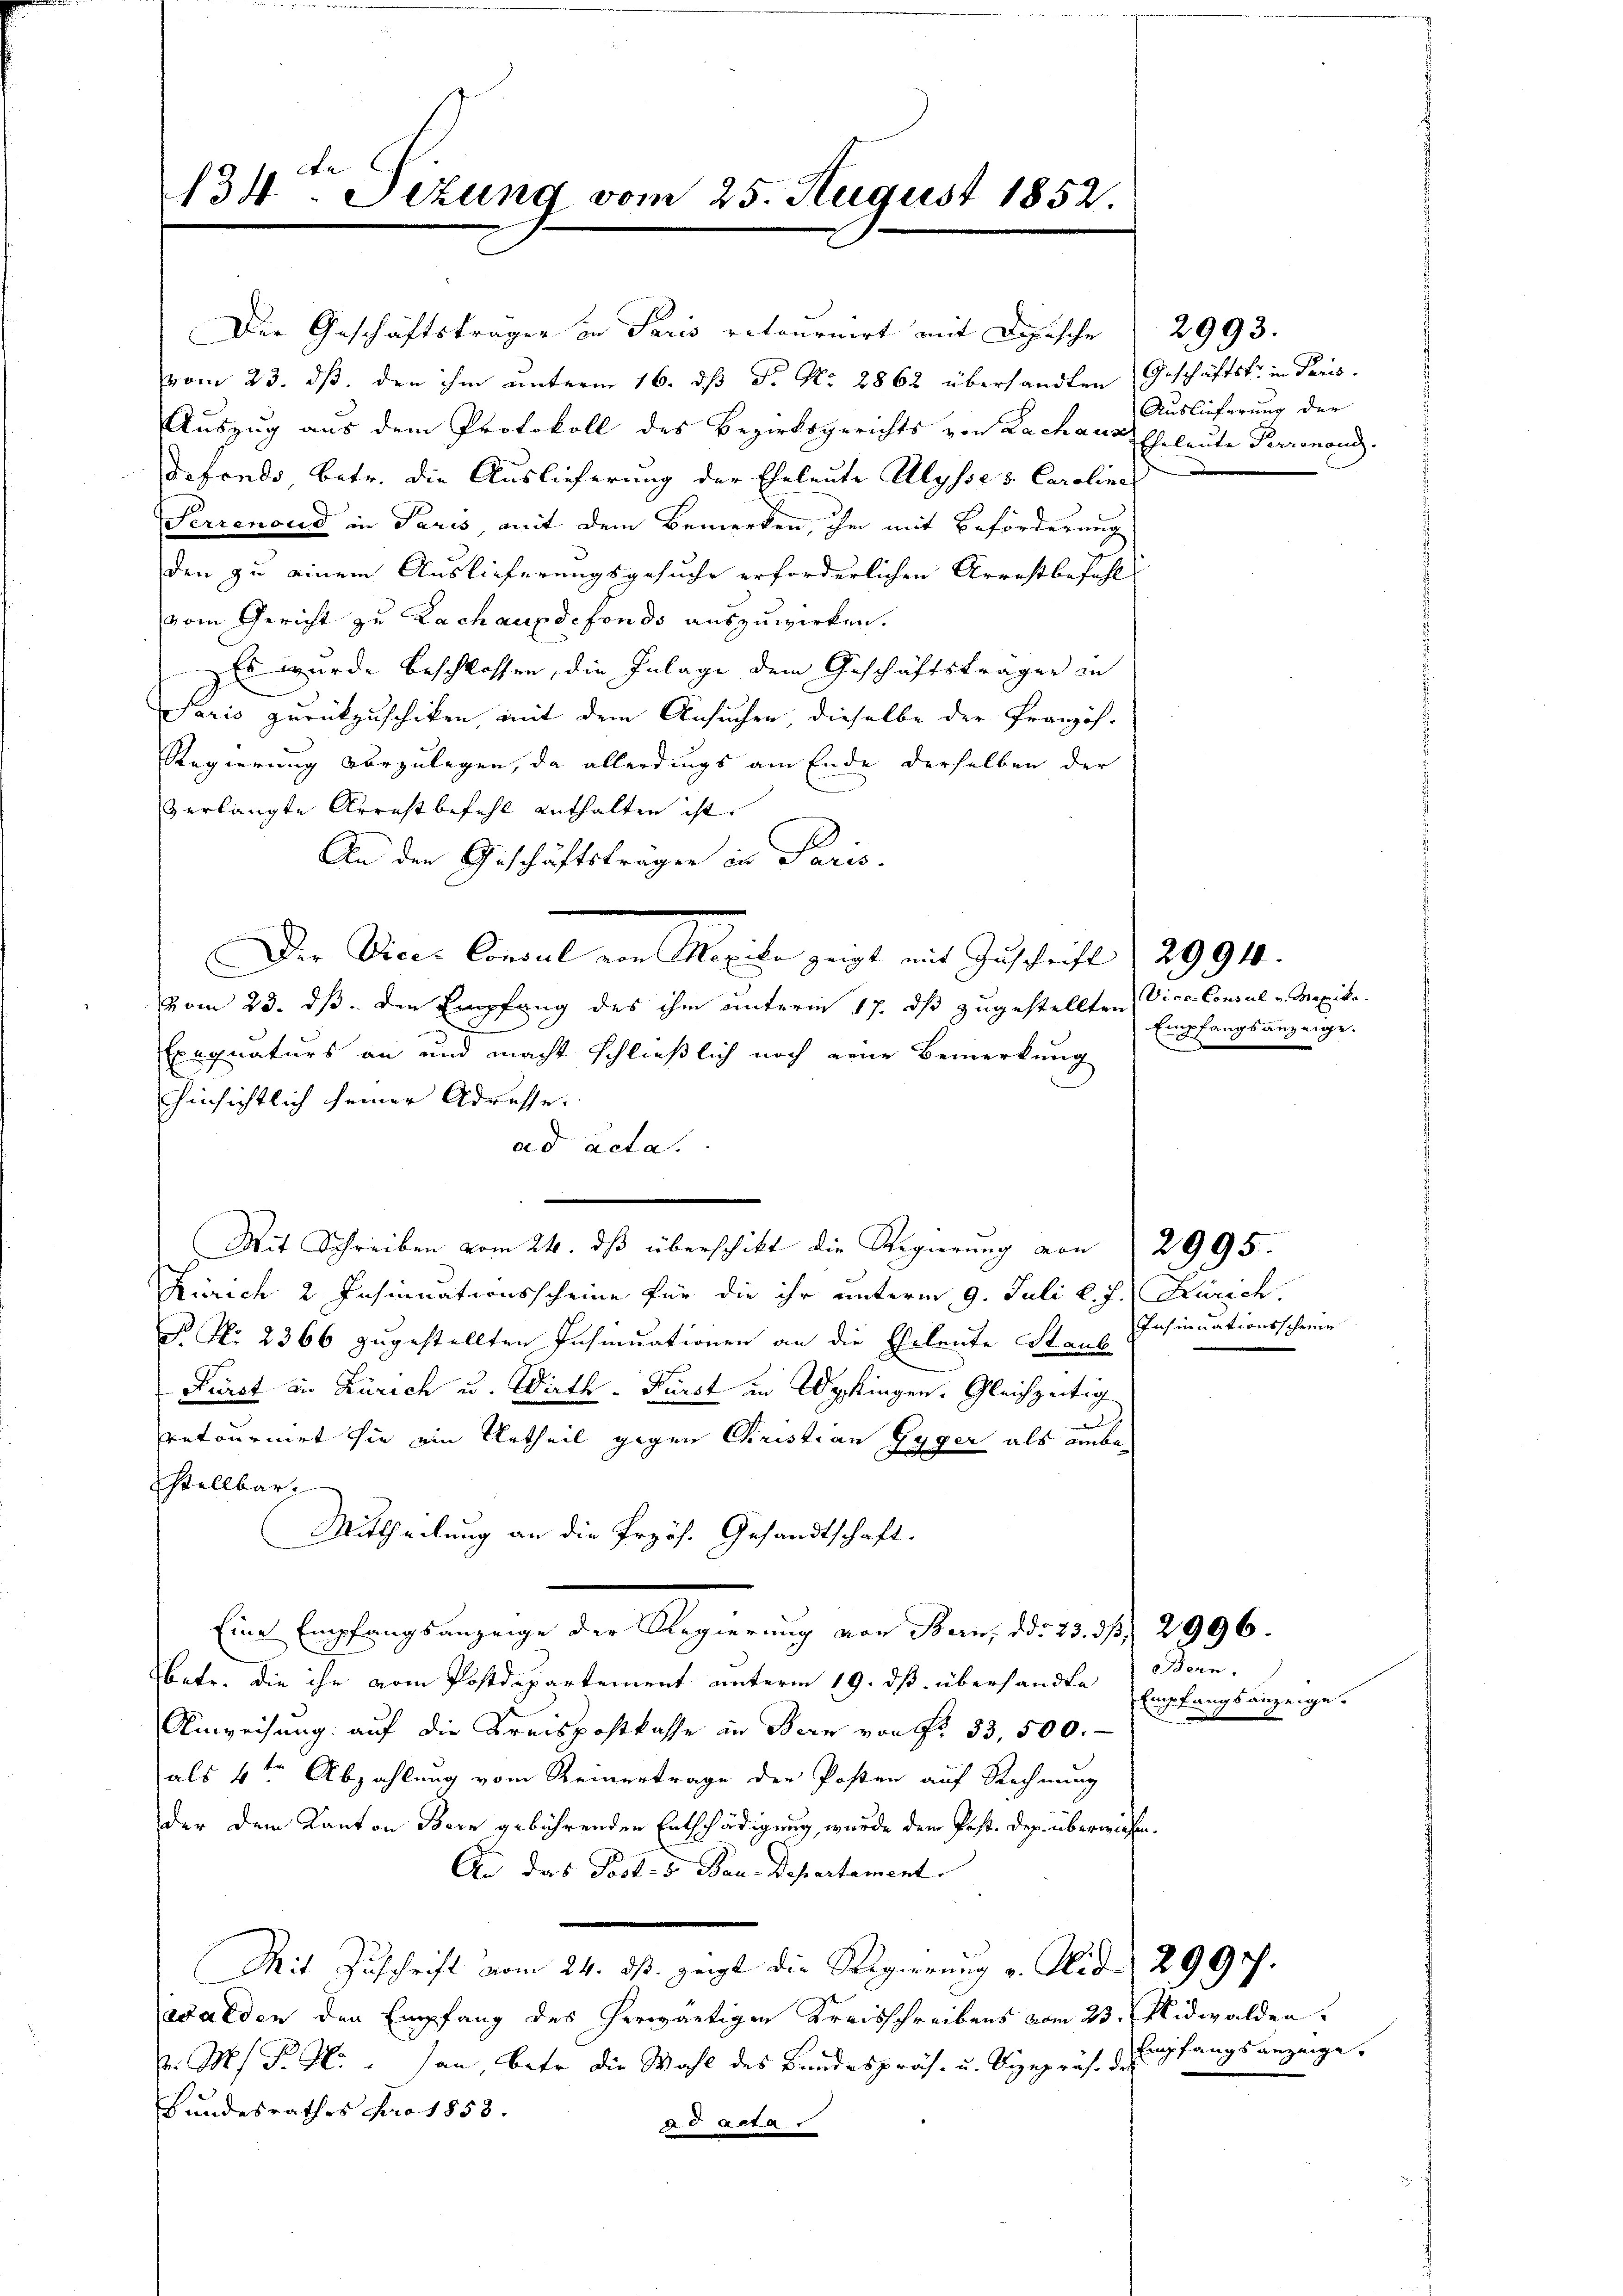
134. Sizung vom 25. August 1852.

vom 23. ds. den ihm unterm 16. ds P. Nr. 2862 übersandten Geschäftst in Paris
Auszug aus dem Protokoll des Bezirksgerichts von Lachaus
Defonds betr. die Auslieferung der Eheleute Alysses Caroline
Perrenoud in Paris, mit dem Bemerken, ihm mit Beförderung
den zu einem Auslieferungsgesuche erforderlichen Arrestbefohl
vom Gericht zu Lachaupdefonds auszuwirken.
Es wurde beschlossen, die Inlage dem Geschäftsträger zu
Paris zurückzuschiken, mit dem Ansuchen dieselbe der Französ-
Regierung vorzulegen, da allerdings am Ende derselben der
verlangte Arrestbefehl enthalten ist.
An der Geschäftsträger in Paris.
Der Vice- Consul von Mexico zeigt mit Zuschrift (2994
vom 23. ds. den Empfang des ihm unterm 17. dß zugestellten
Exequaturs an und macht schließlich noch eine Bemerkung
hinsichtlich seiner Adresse.
ad acta.
Mit Schreiben vom 24. dβ überschikt die Regierung von 2995.
Zürich 2 Insinuationsscheine für die ihr unterm 9. Juli l. J. Zürich.
P. Nr. 2366 zugestellten Insinuationen an die Eheleute Staub
Fürst in Zürich u. Wirth- Fürst in Wipkingen. Gleichzeitig
de
retournirt sie ein Urtheil gegen Christian Gyger als unbestellbar.
Mittheilung an die Przös. Gesandtschaft.
Eine Empfangsanzeige der Regierung von Bern, ddo 23. d. 2996.
Obetr. die ihr vom Postdepartement unterm 19. ds. übersandte Bern,
Ein
Anweisung auf die Kreispostkasse in Bern von Fr. 33,500.
als 4ten Abzahlung vom Reinertrage der Posten auf Rechnung
der dem Kanton Bern gebührenden Entschädigung, wurde dem Post. Dep. überwiesen.
An das Post- 5. Bau-Departament.
Mit Zuschrift vom 24. ds. zeigt die Regierung v. Glid. 2997.
walden den Empfang des herwärtigen Kreisschreibens vom 23. Nidwalden
. M. P. Hlr. an betr. die Wahl des Bundespräs. u. Vizepräs. des
Bundesrathes pro 1858.
d acta

Der Geschäftsträger in Paris retournirt mit Beische 2993.

Auslieferung der
Eheleute Perronond.

Vice-Consul v. Mexiko
Empfangsanzeige.

Insinuationsscheine

Empfangsanzeige.

Empfangsanzeige.